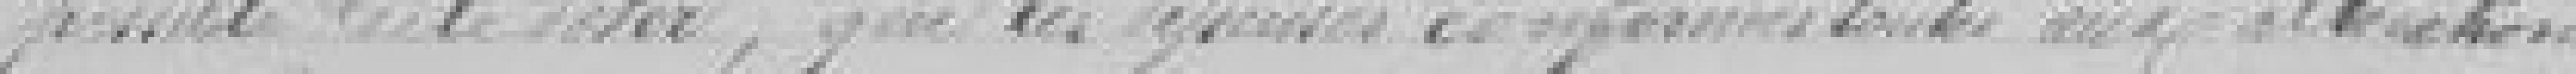
possible de le Voter, que les dépenses conformes  toutes aux ???